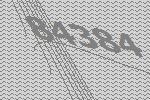
84384